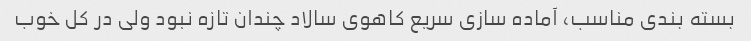
بسته بندی مناسب، آماده سازی سریع کاهوی سالاد چندان تازه نبود ولی در کل خوب